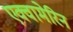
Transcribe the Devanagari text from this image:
एक्वामेरिन